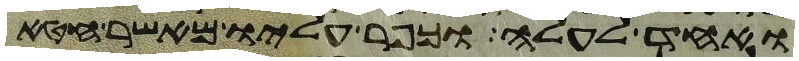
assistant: ואחד לעלה וכפר עליו מאשר חטא